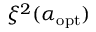
\ensuremath { \xi ^ { 2 } } ( \ensuremath { \alpha _ { \mathrm { o p t } } } )